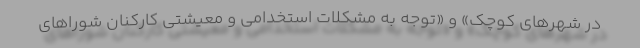
در شهرهای کوچک» و «توجه به مشکلات استخدامی و معیشتی کارکنان شوراهای